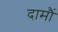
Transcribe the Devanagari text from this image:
दामौं